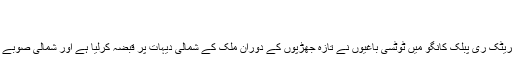
(07.11.2008)
کانگو: تازہ جھڑپیں
اقوام متحدہ کے فوجی ترجمان نے کہا ہے کہ ڈیمو کریٹک ری پبلک کانگو میں ٹوٹسی باغیوں نے تازہ جھڑپوں کے دوران ملک کے شمالی دیہات پر قبضہ کرلیا ہے اور شمالی صوبے Kivu پر کنٹرول بڑھانے کی کوششیں کر رہے ہیں۔